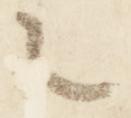
々